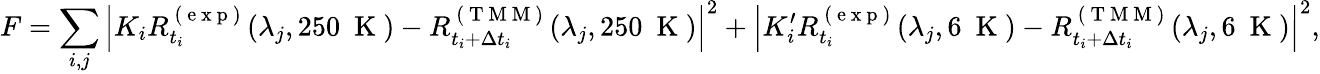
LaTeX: F=\sum_{i,j}\left|K_{i}R_{t_{i}}^{\mathrm{~(~e~x~p~)~}}(\lambda_{j},250~\mathrm{~K~})-R_{t_{i}+\Delta t_{i}}^{\mathrm{~(~T~M~M~)~}}(\lambda_{j},250~\mathrm{~K~})\right|^{2}+\left|K_{i}^{\prime}R_{t_{i}}^{\mathrm{~(~e~x~p~)~}}(\lambda_{j},6~\mathrm{~K~})-R_{t_{i}+\Delta t_{i}}^{\mathrm{~(~T~M~M~)~}}(\lambda_{j},6~\mathrm{~K~})\right|^{2},